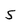
Character: 5